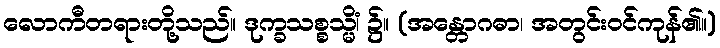
လောကီတရားတို့သည်။ ဒုက္ခသစ္စသ္မိံ၊ ၌။ (အန္တောဂဓာ၊ အတွင်းဝင်ကုန်၏။)